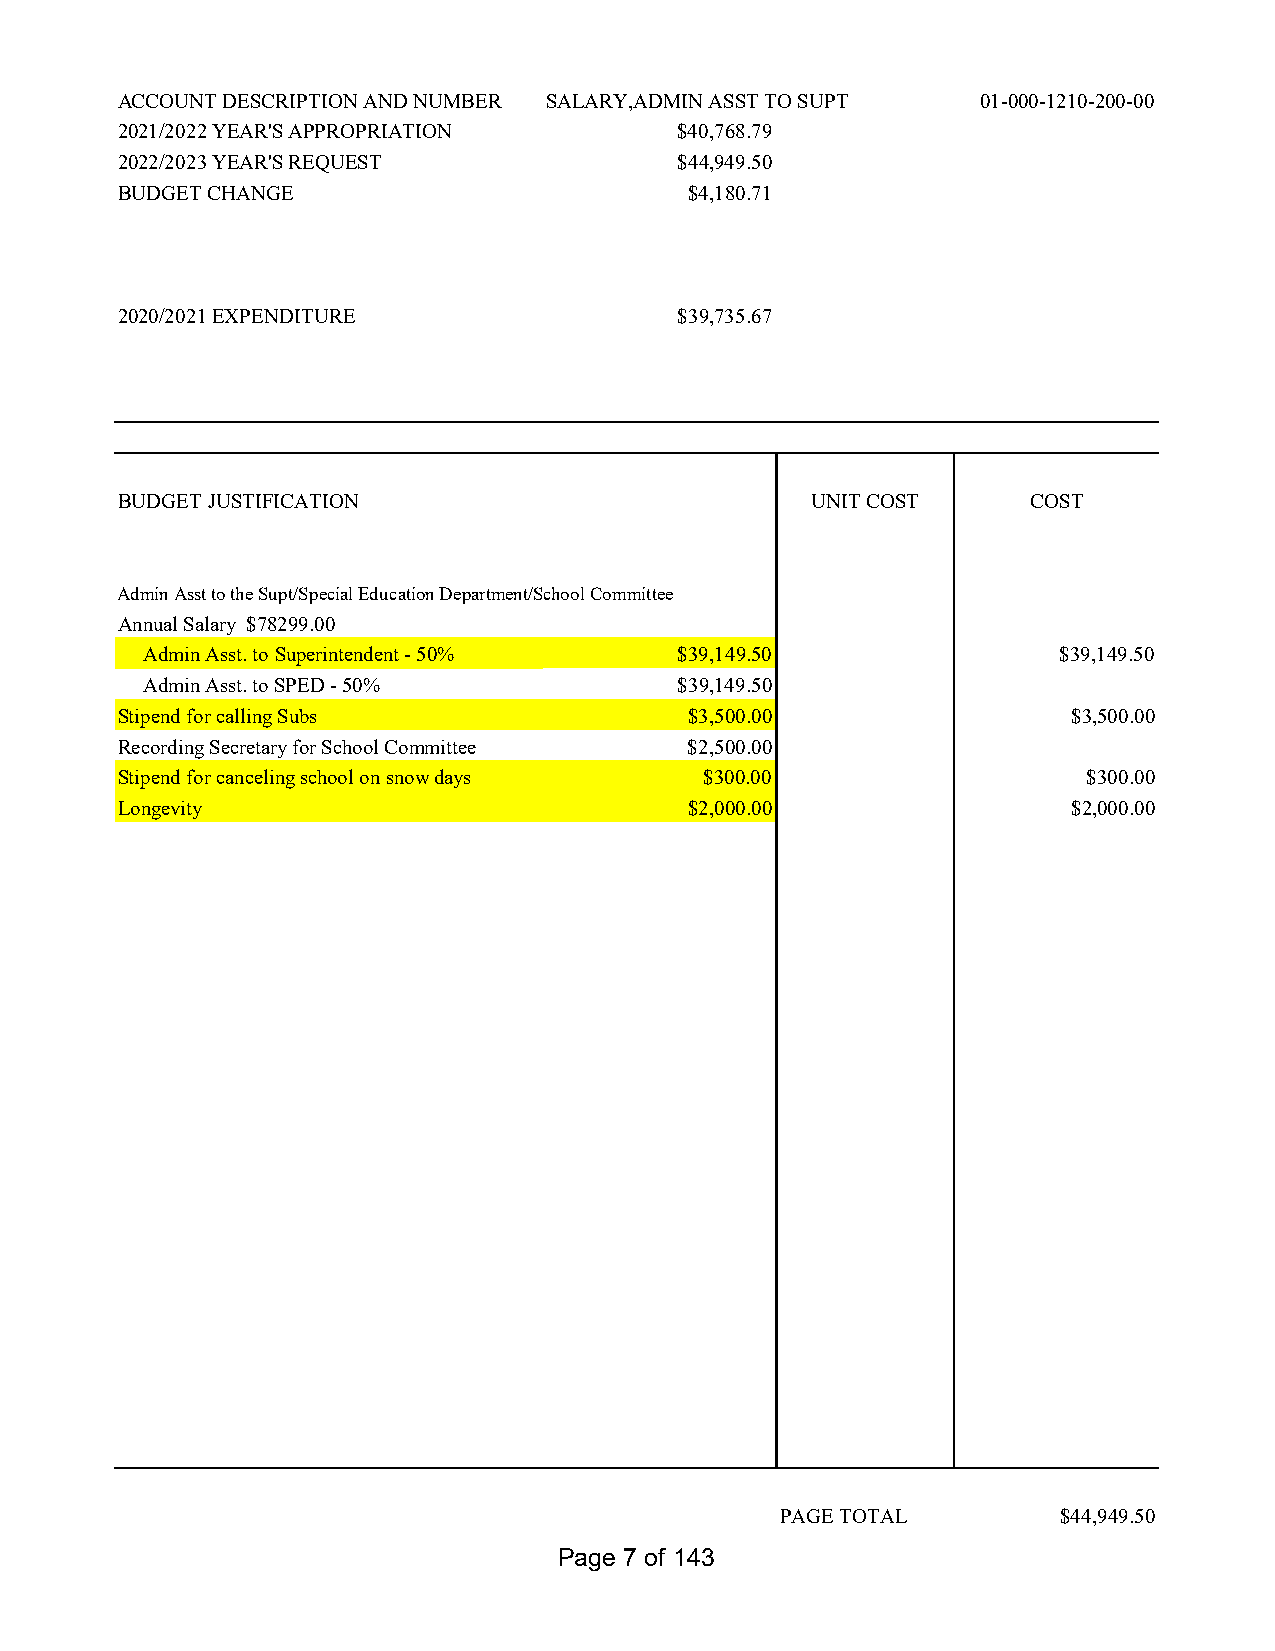
ACCOUNT DESCRIPTION AND NUMBER SALARY,ADMIN ASST TO SUPT 01-000-1210-200-00
 2021/2022 YEAR'S APPROPRIATION       $40,768.79
 2022/2023 YEAR'S REQUEST             $44,949.50
 BUDGET CHANGE                         $4,180.71
 2020/2021 EXPENDITURE                $39,735.67
 BUDGET JUSTIFICATION                          UNIT COST     COST
 Admin Asst to the Supt/Special Education Department/School Committee
 Annual Salary $78299.00
 Admin Asst. to Superintendent - 50% $39,149.50              $39,149.50
 Admin Asst. to SPED - 50%          $39,149.50
 Stipend for calling Subs              $3,500.00                $3,500.00
 Recording Secretary for School Committee $2,500.00
 Stipend for canceling school on snow days $300.00               $300.00
 Longevity                             $2,000.00                $2,000.00
 PAGE TOTAL        $44,949.50
 Page 7 of 143